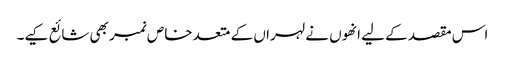
اس مقصد کے لیے انھوں نے لہراں کے متعد خاص نمبر بھی شائع کیے۔